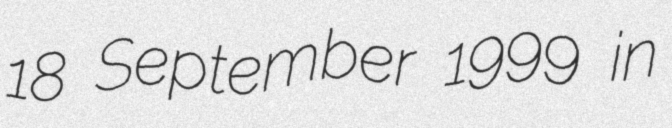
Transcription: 18 September 1999 in